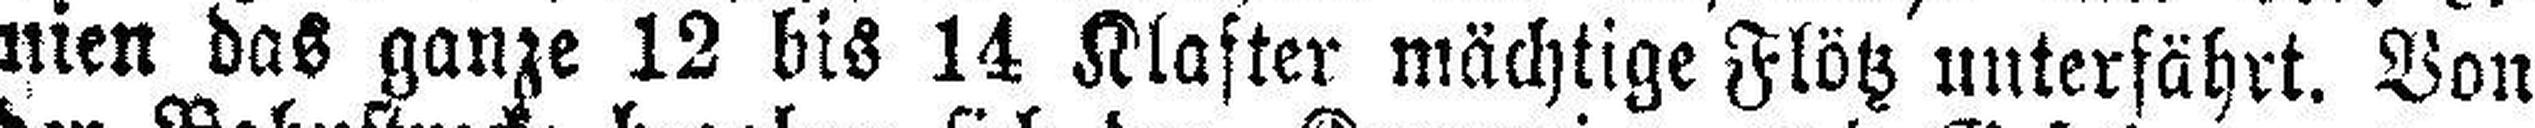
nien das ganze 12 bis 14 Klafter mächtige Flötz unterfährt. Von